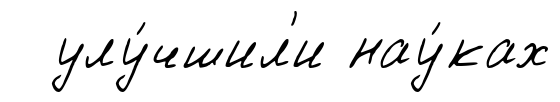
улу́чшил'и нау́ках